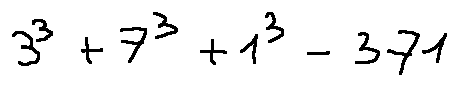
3 ^ { 3 } + 7 ^ { 3 } + 1 ^ { 3 } = 3 7 1